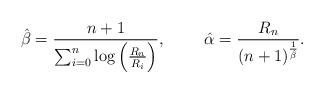
LaTeX: \begin{align*}\hat{\beta}=\frac{n+1}{\sum^n_{i=0}{{\log \left(\frac{R_n}{R_i}\right)}}},\ \ \ \ \ \ \ \hat{\alpha }=\frac{R_n}{{\left(n+1\right)}^{\frac{1}{\hat{\beta }}}}.\end{align*}